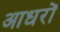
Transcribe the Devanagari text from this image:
आधरों